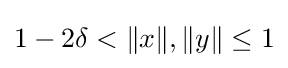
1-2\delta <\|x\|,\|y\|\leq 1